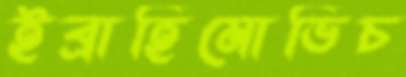
ইব্রাহিমোভিচ